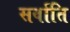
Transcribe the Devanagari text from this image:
सर्वाति